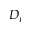
D _ { i }